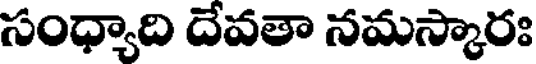
సంధ్యాది దేవతా నమస్కారః